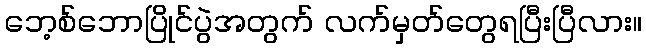
ဘေ့စ်ဘောပြိုင်ပွဲအတွက် လက်မှတ်တွေရပြီးပြီလား။